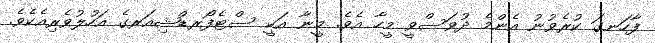
ފާހަނގަ ކުރެވުނު އެންމެ ދުވަސްވީ މީހާ އެވެ. މީނާ އަކީ ސްޓެފޯރޑްޝިއަރގެ އަހުލުވެރިއެކެވެ.